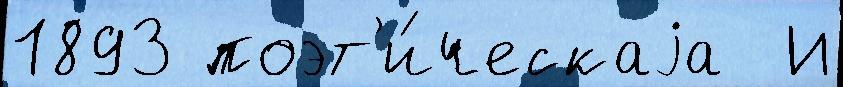
1893 поэт'и́ческаjа  И